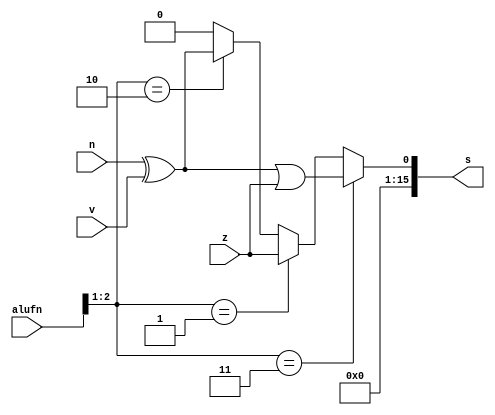
/*
   This file was generated automatically by the Mojo IDE version B1.3.6.
   Do not edit this file directly. Instead edit the original Lucid source.
   This is a temporary file and any changes made to it will be destroyed.
*/

module compare16bit_31 (
    input [5:0] alufn,
    input z,
    input v,
    input n,
    output reg [15:0] s
  );
  
  
  
  always @* begin
    s[0+15-:16] = 1'h0;
    if (alufn[1+1-:2] == 2'h2) begin
      s[0+0-:1] = n ^ v;
    end
    if (alufn[1+1-:2] == 2'h1) begin
      s[0+0-:1] = z;
    end
    if (alufn[1+1-:2] == 2'h3) begin
      s[0+0-:1] = (n ^ v) | z;
    end
  end
endmodule